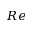
R e